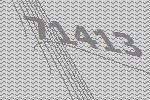
71413